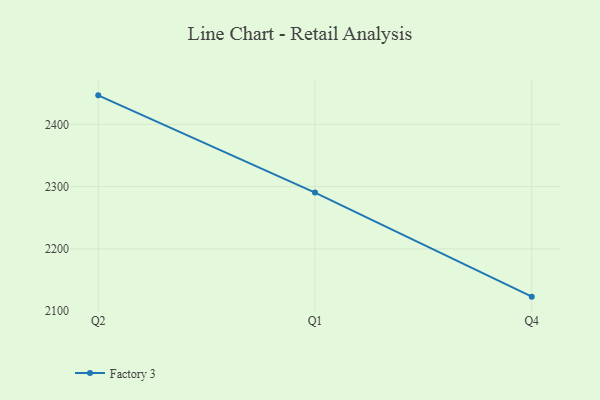
{"axis": {"x": "Quarter", "y": "Headcount"}, "legend": ["Factory 3"], "data": [{"x": "Q2", "y": 2446.7, "type": "Factory 3"}, {"x": "Q1", "y": 2290.5, "type": "Factory 3"}, {"x": "Q4", "y": 2123.2, "type": "Factory 3"}]}